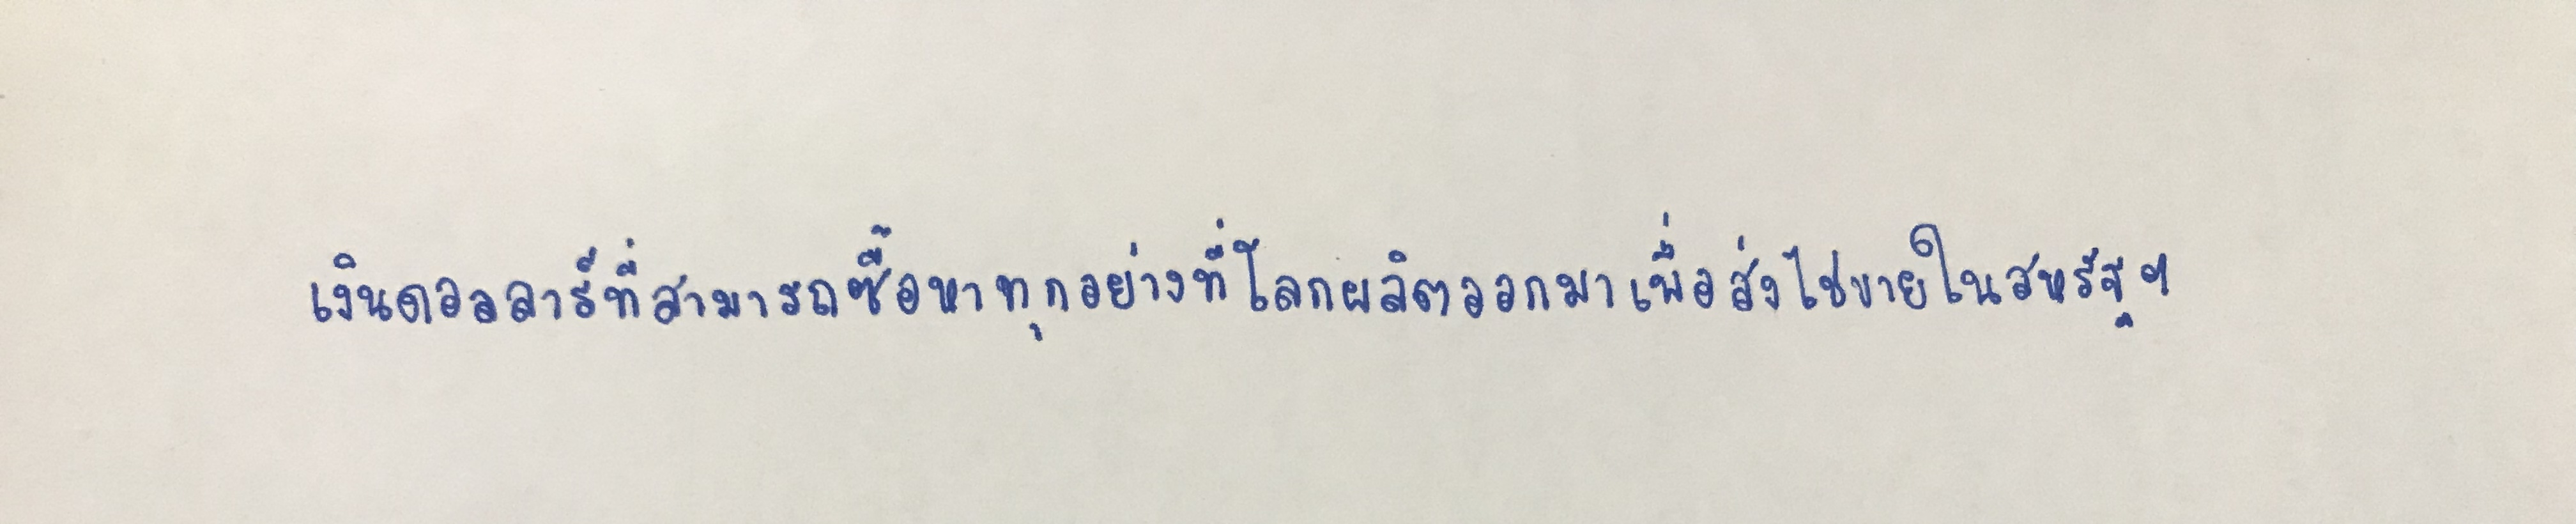
เงินดอลลาร์ที่สามารถซื้อหาทุกอย่างที่โลกผลิตออกมาเพื่อส่งไปขายในสหรัฐฯ